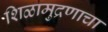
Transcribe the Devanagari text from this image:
शिळामुद्रणाचा